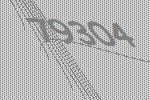
79304